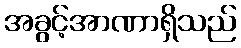
အခွင့်အာဏာရှိသည်